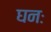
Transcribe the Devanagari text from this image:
घनः